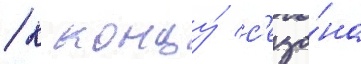
/ к концу́ с'езо́на